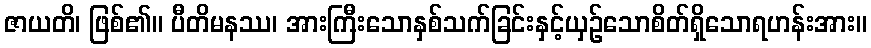
ဇာယတိ၊ ဖြစ်၏။ ပီတိမနဿ၊ အားကြီးသောနှစ်သက်ခြင်းနှင့်ယှဉ်သောစိတ်ရှိသောရဟန်းအား။